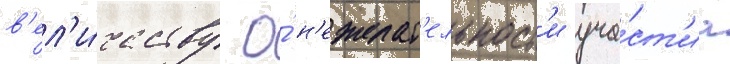
в'ел'и́честву о́ н'ежелат'ельност'и уча́ст'иа